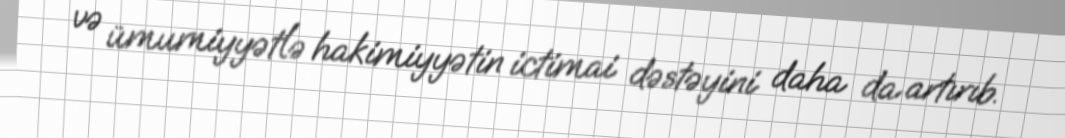
və ümumiyyətlə hakimiyyətin ictimai dəstəyini daha da artırıb.